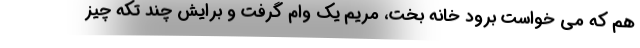
هم که می خواست برود خانه بخت، مریم یک وام گرفت و برایش چند تکه چیز